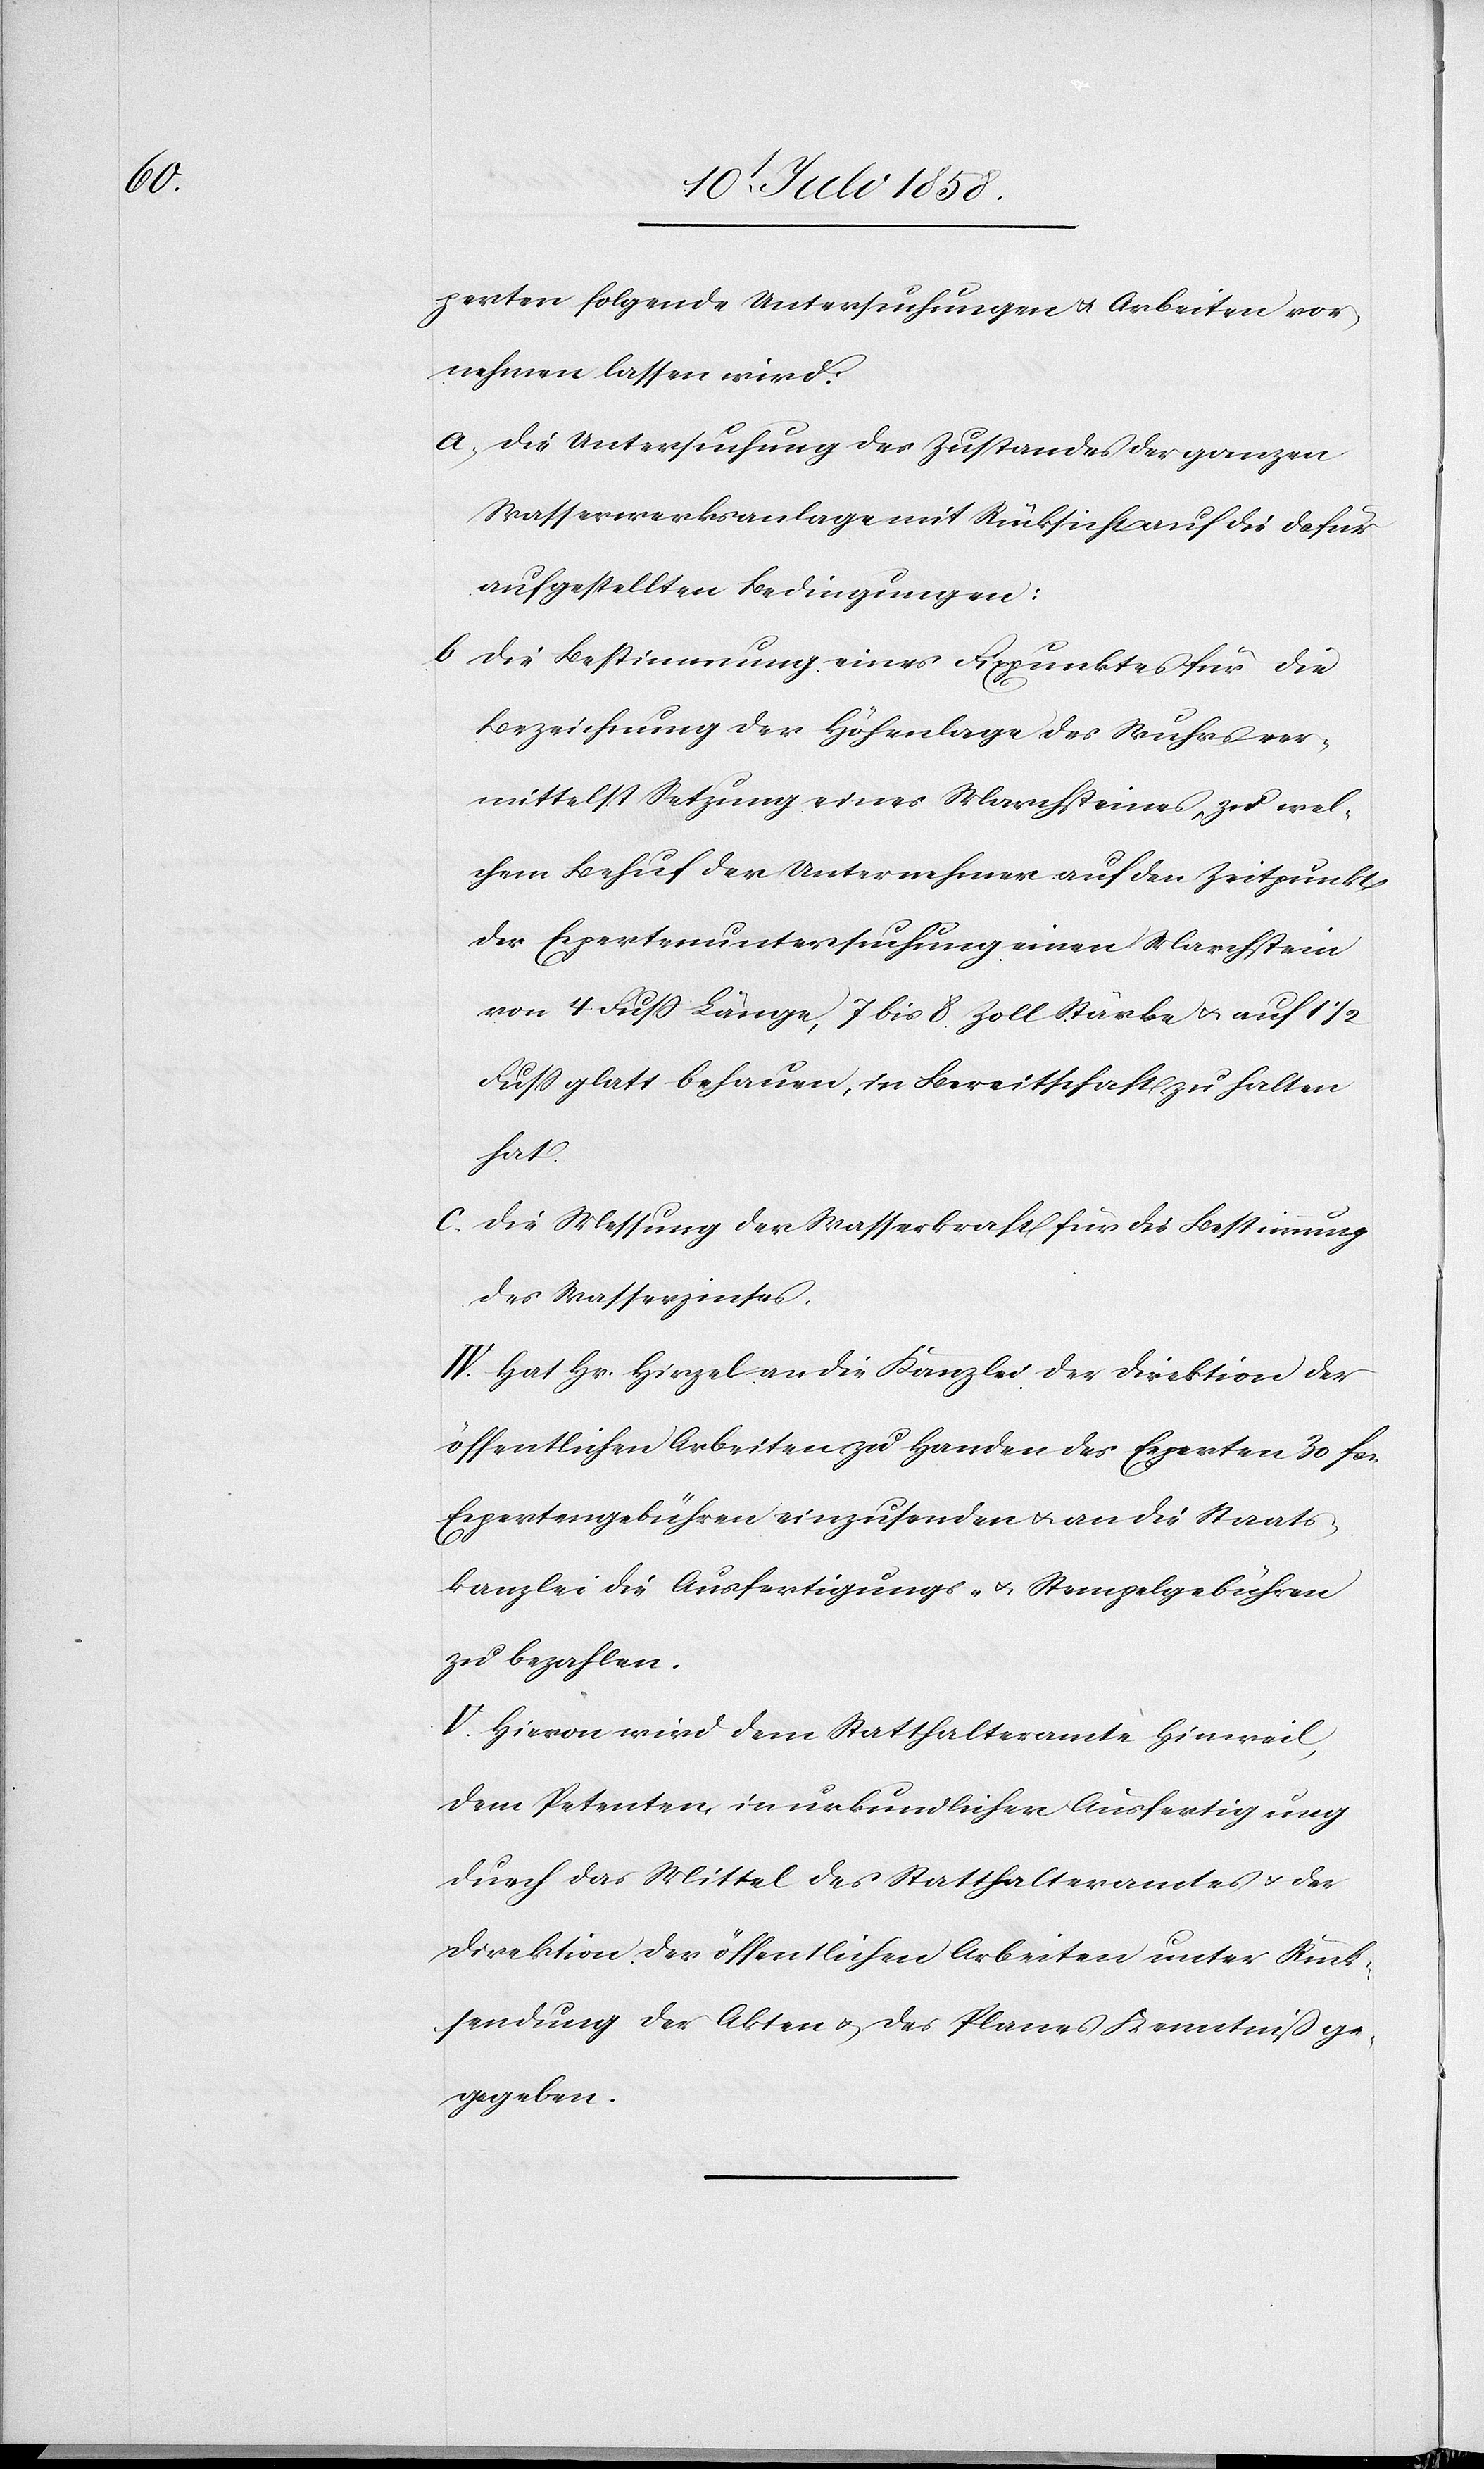
b.

perten folgende Untersuchungen & Arbeiten vor¬
nehmen lassen wird:
Die Untersuchung des Zustandes der ganzen
Wasserwerksanlage mit Rücksicht auf die dafür
aufgestellten Bedingungen:
Die Bestimmung eines Fixpunktes für die
Bezeichnung der Höhenlage des Wuhrs ver¬
mittelst Setzung eines Marchsteines, zu wel¬
chem Behuf der Unternehmer auf den Zeitpunkt
der Expertenuntersuchung einen Marchstein
von 4 Fuss Länge, 7 bis 8 Zoll Stärke & auf 1
Fuss glatt behauen, in Bereitschaft zu halten
hat.
Die Messung der Wasserkraft für die Bestimmung
des Wasserzinses.
IV. Hat Hr. Hirzel an die Kanzlei der Direktion der
öffentlichen Arbeiten zu Handen des Experten 30 fcs.
Expertengebühren einzusenden & an die Staats¬
kanzlei die Ausfertigungs- & Stempelgebühren
zu bezahlen.
V. Hievon wird dem Statthalteramte Hinweil,
dem Petenten in urkundlicher Ausfertigung
durch das Mittel des Statthalteramtes & der
Direktion der öffentlichen Arbeiten unter Rück¬
sendung der Akten & des Planes Kenntniß ge¬
geben.